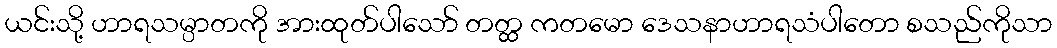
ယင်းသို့ ဟာရသမ္ပာတကို အားထုတ်ပါသော် တတ္ထ ကတမော ဒေသနာဟာရသံပါတော စသည်ကိုသာ